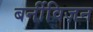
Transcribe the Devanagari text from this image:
बर्नीविज़न